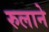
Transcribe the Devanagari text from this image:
रुलाने